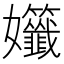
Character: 𡤷